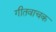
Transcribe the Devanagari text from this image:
गीतवाचक